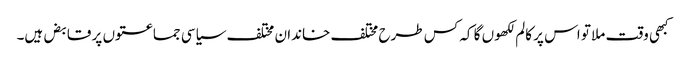
کبھی وقت ملا تو اس پر کالم لکھوں گا کہ کس طرح مختلف خاندان مختلف سیاسی جماعتوں پر قابض ہیں۔